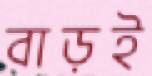
বাড়ই